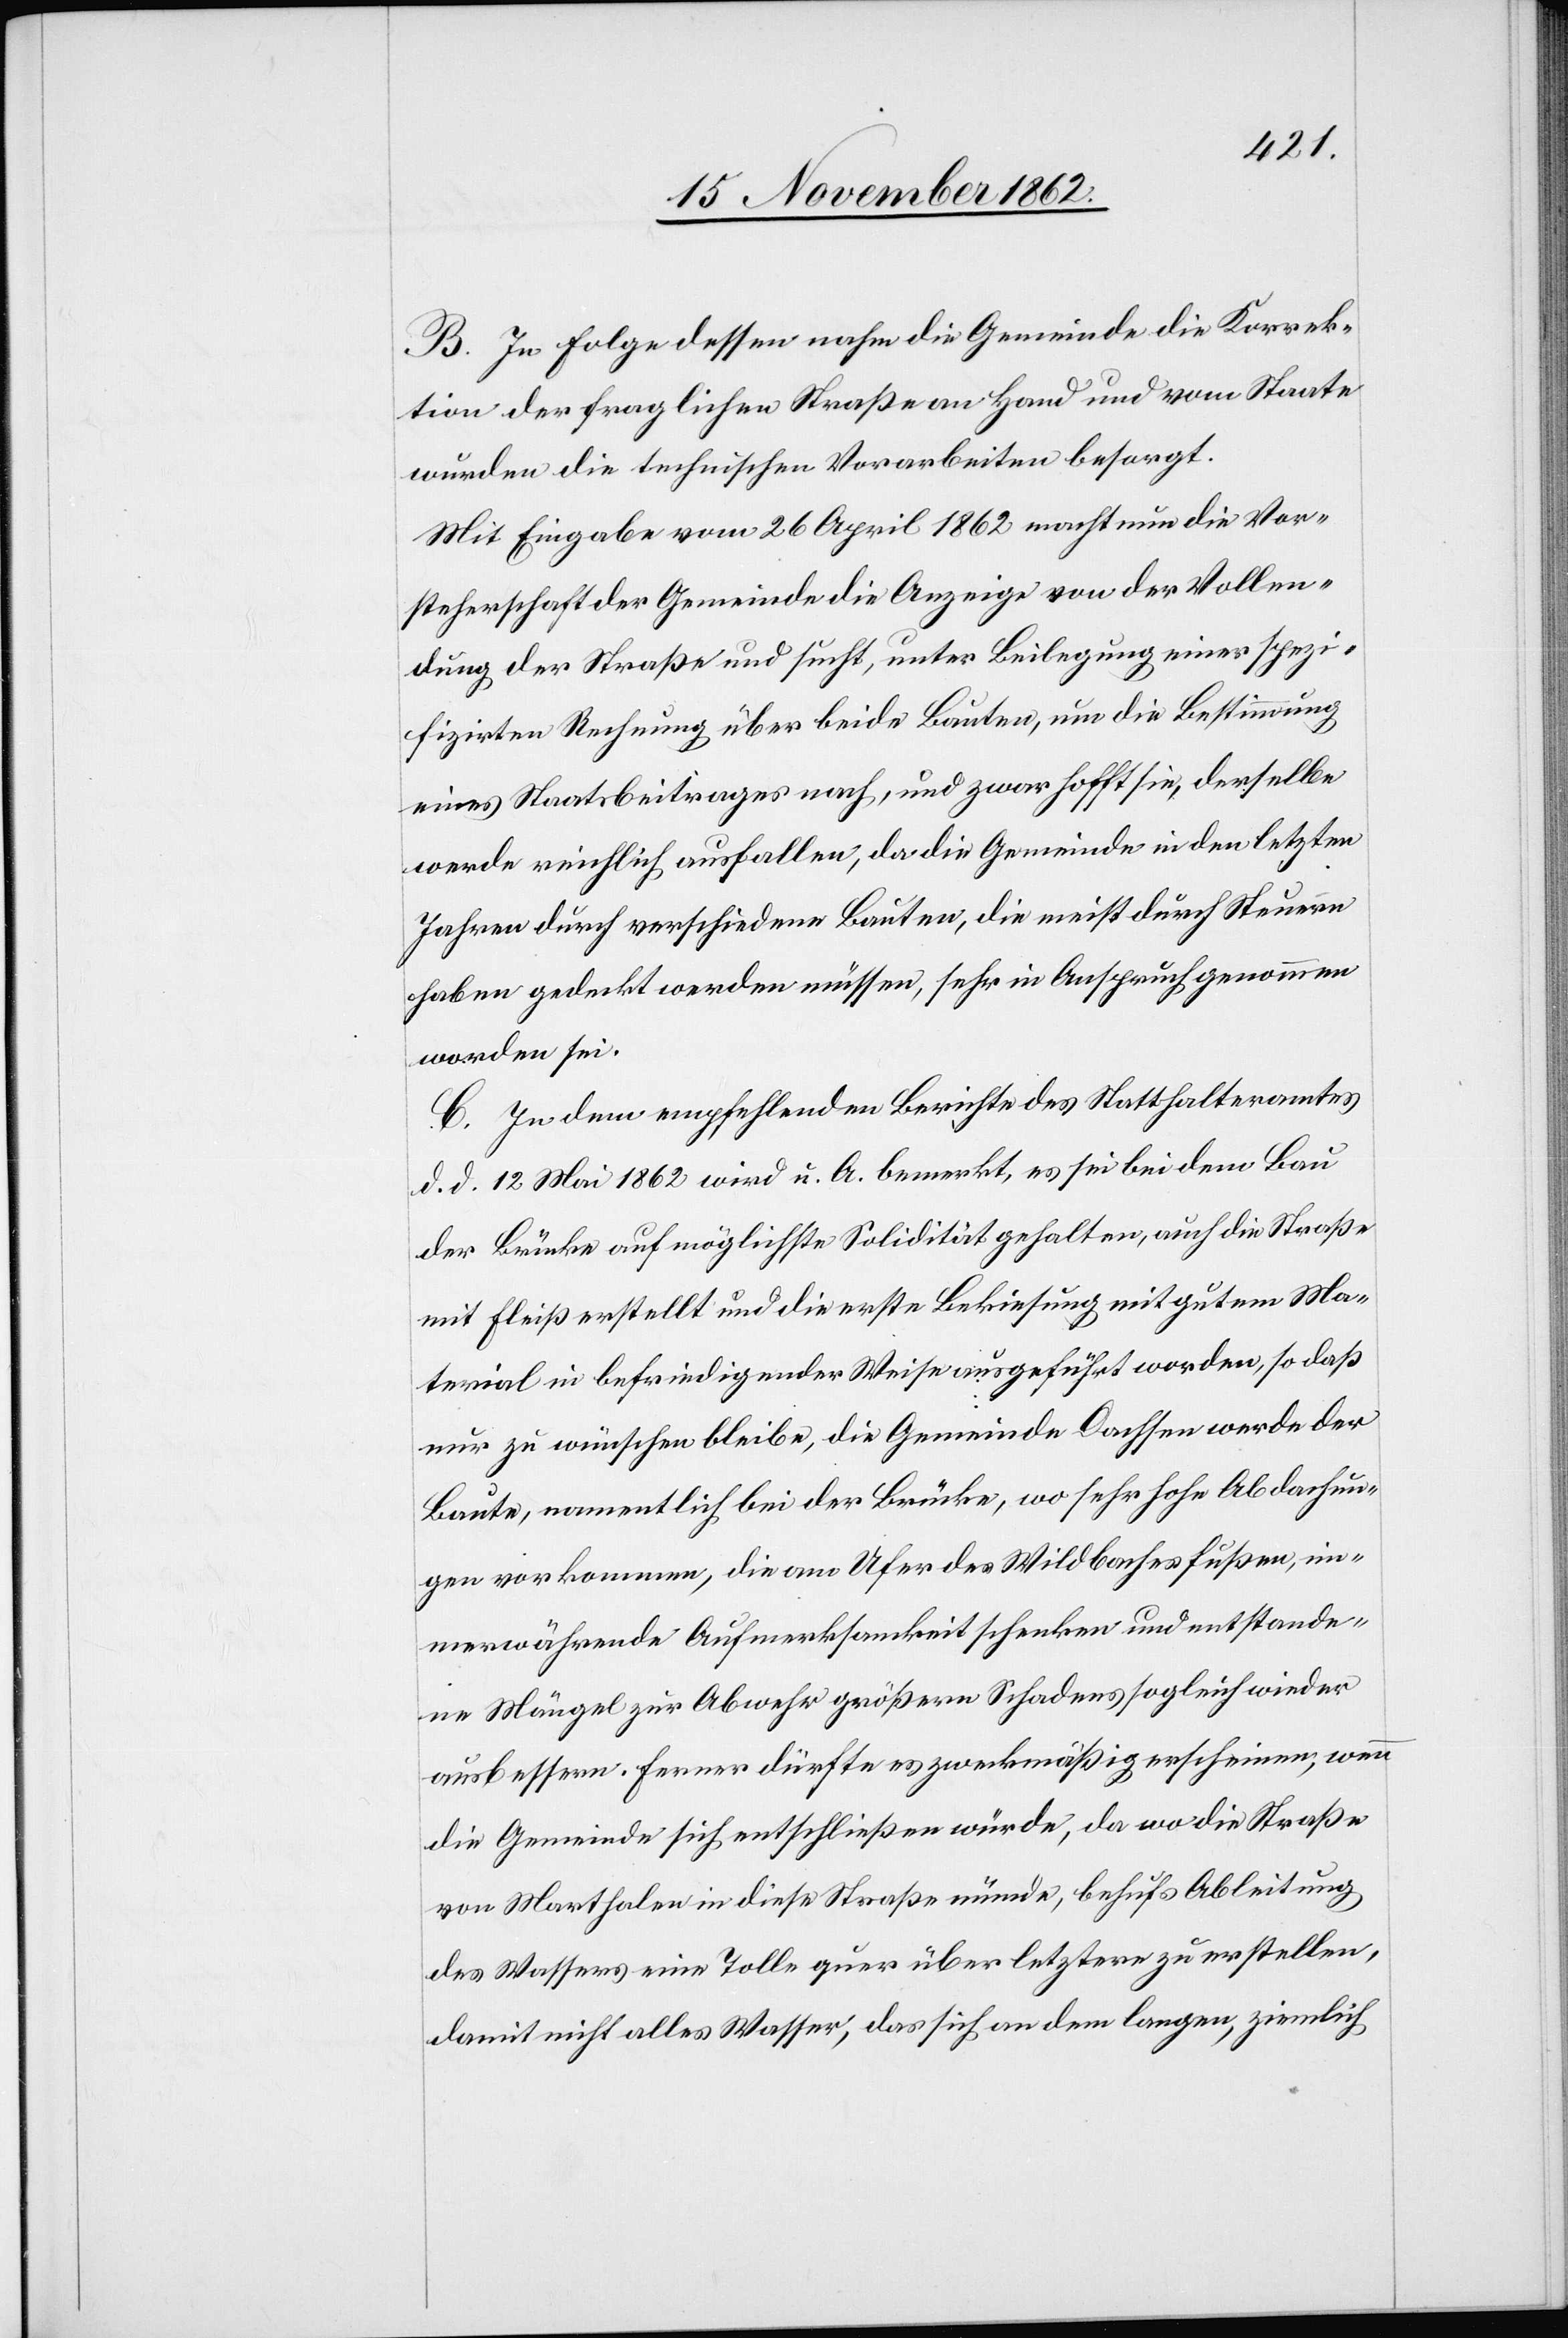
B. In Folge dessen nahm die Gemeinde die Korrek¬
tion der fraglichen Straße an Hand und vom Staate
wurden die technischen Vorarbeiten besorgt.
Mit Eingabe vom 26. April 1862 macht nun die Vor¬
steherschaft der Gemeinde die Anzeige von der Vollen¬
dung der Straße und sucht, unter Beilegung einer spezi¬
fizirten Rechnung über beide Bauten, um Bestimmung
eines Staatsbeitrages nach, und zwar hofft sie, derselbe
werde reichlich ausfallen, da die Gemeinde in den letzten
Jahren durch verschiedene Bauten, die meist durch Steuern
haben gedeckt werden müssen, sehr in Anspruch genommen
worden sei.
C. In dem empfehlenden Berichte des Statthalteramtes
d. d. 12. Mai 1862 wird u. A. bemerkt, es sei bei dem Bau
der Brücke auf möglichste Solidität gehalten, auch die Straße
mit Fleiß erstellt und die erste Bekiesung mit gutem Ma¬
terial in befriedigender Weise ausgeführt worden, so daß
nur zu wünschen bleibe, die Gemeinde Dachsen werde der
Baute, namentlich bei der Brücke, wo sehr hohe Abdachun¬
gen vorkommen, die am Ufer des Wildbaches fußen, im¬
merwährende Aufmerksamkeit schenken und entstande¬
ne Mängel zur Abwehr größern Schadens sogleich wieder
ausbessern. Ferner dürfte es zweckmäßig erscheinen, wenn
die Gemeinde sich entschließen würde, da wo die Straße
von Marthalen in diese Straße münde, behufs Ableitung
des Wassers eine Tolle quer über letztere zu erstellen,
damit nicht alles Wasser, das sich an dem langen, ziemlich